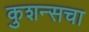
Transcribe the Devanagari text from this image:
कुशन्सचा